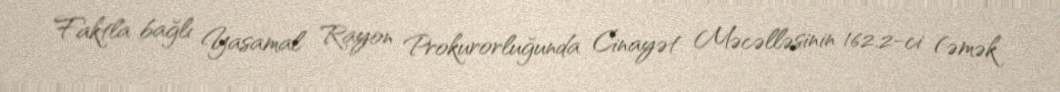
Faktla bağlı Yasamal Rayon Prokurorluğunda Cinayət Məcəlləsinin 162.2-ci (əmək